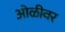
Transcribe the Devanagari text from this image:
ओळीवर